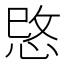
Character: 𢚓